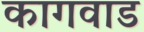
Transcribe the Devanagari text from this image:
कागवाड